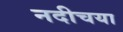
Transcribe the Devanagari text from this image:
नदीचया